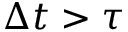
\Delta t > \tau